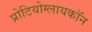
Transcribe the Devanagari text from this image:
प्रोटियोग्लायकॉन